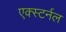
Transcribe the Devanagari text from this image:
एक्स्टर्नल